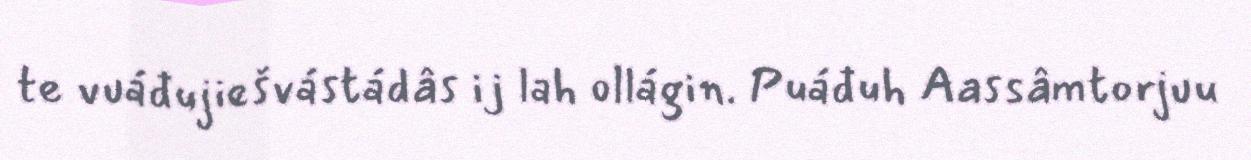
te vuáđujiešvástádâs ij lah ollágin. Puáđuh Aassâmtorjuu